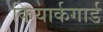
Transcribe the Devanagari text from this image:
कियार्कगार्ड